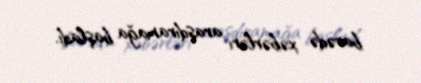
barədə xəbərləri araşdıramağa başladı.